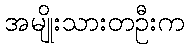
အမျိုးသားတဦးက